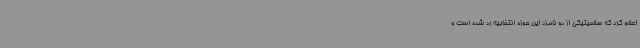
اعلام کرد که صلاحیتیکی از دو نامزد این حوزه انتخابیه رد شده است و